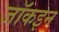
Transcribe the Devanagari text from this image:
जॉकइन